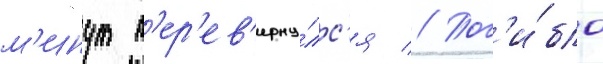
м'инут п'ер'ев'ерну́лс'я // Пог'и́бло